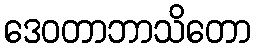
ဒေဝတာဘာသိတော